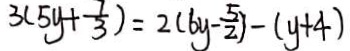
3 ( 5 y + \frac { 7 } { 3 } ) = 2 ( 6 y - \frac { 5 } { 2 } ) - ( y + 4 )